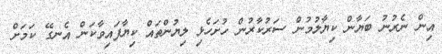
އިން ނެރުނު ބަޔާން ކިޔާލުމުން ސަރުކާރުން ހުށަހެޅި ލިޔުންތައް ކިޔާފައިވާކަން އެނގޭ ކަމަށް